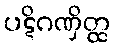
ပဋိဂဏှိတ္ထ